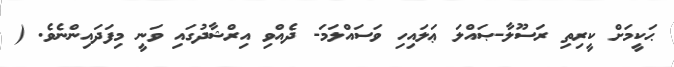
ޙަކީމަށް ކީރިތި ރަސޫލާ-ޞައްލަ ޢަލައިހި ވަސައްލަމަ- ދެއްވި އިރްޝާދުގައި ވަނީ މިފަދައިންނެވެ. (